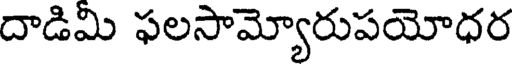
దాడిమి ఫలసామ్యోరుపయోధర